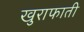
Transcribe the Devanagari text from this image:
खुराफाती